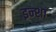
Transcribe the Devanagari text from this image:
इन्शा